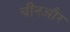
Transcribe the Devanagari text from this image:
चीनऔर